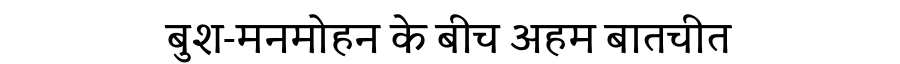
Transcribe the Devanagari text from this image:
बुश-मनमोहन के बीच अहम बातचीत